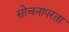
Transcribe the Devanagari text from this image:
सोचनापरता